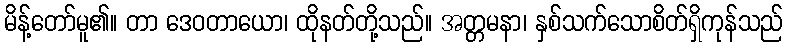
မိန့်တော်မူ၏။ တာ ဒေဝတာယော၊ ထိုနတ်တို့သည်။ အတ္တမနာ၊ နှစ်သက်သောစိတ်ရှိကုန်သည်